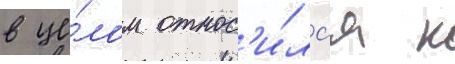
в це́лом относ'и́лс'я к